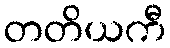
တတိယကီ